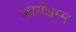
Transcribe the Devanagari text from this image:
आर्यधम्म